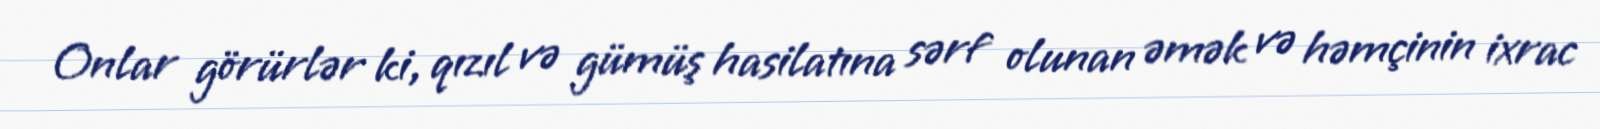
Onlar görürlər ki, qızıl və gümüş hasilatına sərf olunan əmək və həmçinin ixrac